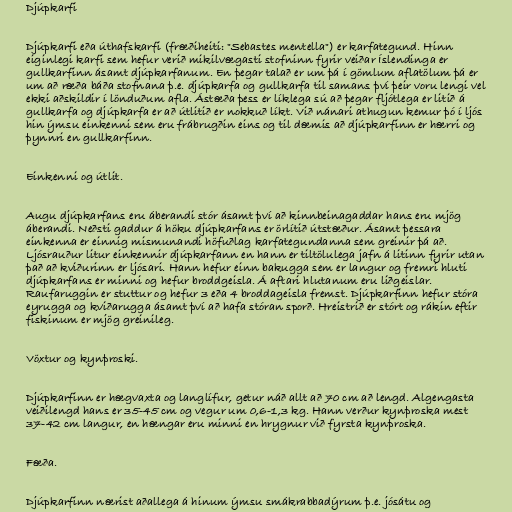
Djúpkarfi

Djúpkarfi eða úthafskarfi (fræðiheiti: "Sebastes mentella") er karfategund. Hinn
eiginlegi karfi sem hefur verið mikilvægasti stofninn fyrir veiðar Íslendinga er
gullkarfinn ásamt djúpkarfanum. En þegar talað er um þá í gömlum aflatölum þá er
um að ræða báða stofnana þ.e. djúpkarfa og gullkarfa til samans því þeir voru lengi vel
ekki aðskildir í lönduðum afla. Ástæða þess er líklega sú að þegar fljótlega er litið á
gullkarfa og djúpkarfa er að útlitið er nokkuð líkt. Við nánari athugun kemur þó í ljós
hin ýmsu einkenni sem eru frábrugðin eins og til dæmis að djúpkarfinn er hærri og
þynnri en gullkarfinn.

Einkenni og útlit.

Augu djúpkarfans eru áberandi stór ásamt því að kinnbeinagaddar hans eru mjög
áberandi. Neðsti gaddur á höku djúpkarfans er örlítið útstæður. Ásamt þessara
einkenna er einnig mismunandi höfuðlag karfategundanna sem greinir þá að.
Ljósrauður litur einkennir djúpkarfann en hann er tiltölulega jafn á litinn fyrir utan
það að kviðurinn er ljósari. Hann hefur einn bakugga sem er langur og fremri hluti
djúpkarfans er minni og hefur broddgeisla. Á aftari hlutanum eru liðgeislar.
Raufaruggin er stuttur og hefur 3 eða 4 broddageisla fremst. Djúpkarfinn hefur stóra
eyrugga og kviðarugga ásamt því að hafa stóran sporð. Hreistrið er stórt og rákin eftir
fiskinum er mjög greinileg.

Vöxtur og kynþroski.

Djúpkarfinn er hægvaxta og langlífur, getur náð allt að 70 cm að lengd. Algengasta
veiðilengd hans er 35-45 cm og vegur um 0,6-1,3 kg. Hann verður kynþroska mest
37-42 cm langur, en hængar eru minni en hrygnur við fyrsta kynþroska.

Fæða.

Djúpkarfinn nærist aðallega á hinum ýmsu smákrabbadýrum þ.e. jósátu og